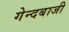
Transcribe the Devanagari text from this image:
गेन्दबाजी